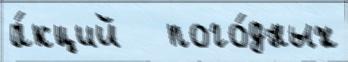
а́кций   пого́дных